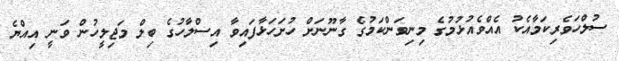
ސުލްހަވެރިކަމާއެކު އެއްވެއުޅުމުގެ މިނިވަންކަމުގެ ގާނޫނަށް ހުށަހަޅާފައިވާ އިސްލާހުގެ ބިލް މަޖިލީހުން ވަނީ އިއްޔެ